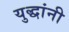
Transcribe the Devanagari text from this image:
युद्धांनी